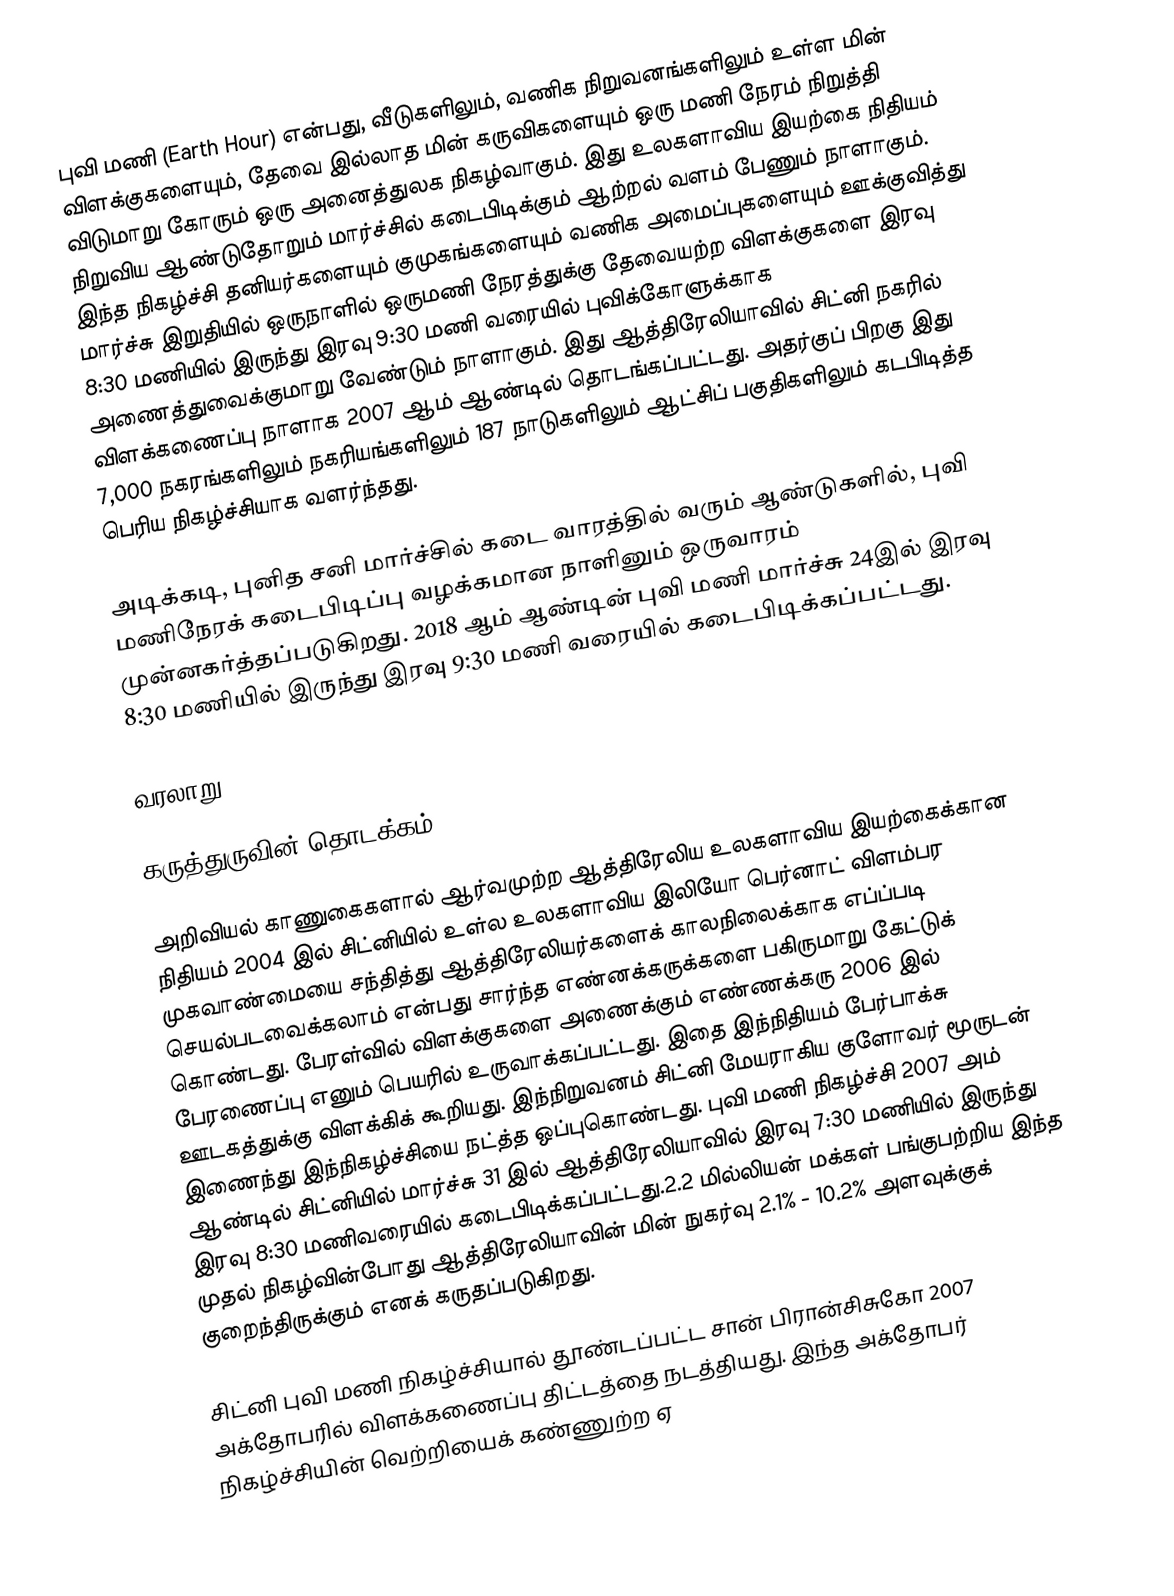
புவி மணி (Earth Hour) என்பது, வீடுகளிலும், வணிக நிறுவனங்களிலும் உள்ள மின் விளக்குகளையும், தேவை இல்லாத மின் கருவிகளையும் ஒரு மணி நேரம் நிறுத்தி விடுமாறு கோரும் ஒரு அனைத்துலக நிகழ்வாகும். இது உலகளாவிய இயற்கை நிதியம் நிறுவிய ஆண்டுதோறும் மார்ச்சில் கடைபிடிக்கும் ஆற்றல் வளம் பேணும் நாளாகும். இந்த நிகழ்ச்சி தனியர்களையும் குமுகங்களையும் வணிக அமைப்புகளையும் ஊக்குவித்து மார்ச்சு இறுதியில் ஒருநாளில் ஒருமணி நேரத்துக்கு தேவையற்ற விளக்குகளை இரவு 8:30 மணியில் இருந்து இரவு 9:30 மணி வரையில் புவிக்கோளுக்காக அணைத்துவைக்குமாறு வேண்டும் நாளாகும். இது ஆத்திரேலியாவில் சிட்னி நகரில் விளக்கணைப்பு நாளாக 2007 ஆம் ஆண்டில் தொடங்கப்பட்டது. அதர்குப் பிறகு இது 7,000 நகரங்களிலும் நகரியங்களிலும் 187 நாடுகளிலும் ஆட்சிப் பகுதிகளிலும் கடபிடித்த பெரிய நிகழ்ச்சியாக வளர்ந்தது.

அடிக்கடி, புனித சனி மார்ச்சில் கடை வாரத்தில் வரும் ஆண்டுகளில், புவி மணிநேரக் கடைபிடிப்பு  வழக்கமான நாளினும் ஒருவாரம் முன்னகர்த்தப்படுகிறது. 2018 ஆம் ஆண்டின் புவி மணி மார்ச்சு 24இல் இரவு 8:30 மணியில் இருந்து இரவு 9:30 மணி வரையில் கடைபிடிக்கப்பட்டது.

வரலாறு

கருத்துருவின் தொடக்கம்: 2004–2007

அறிவியல் காணுகைகளால் ஆர்வமுற்ற ஆத்திரேலிய உலகளாவிய இயற்கைக்கான நிதியம் 2004 இல் சிட்னியில் உள்ல உலகளாவிய இலியோ பெர்னாட் விளம்பர முகவாண்மையை சந்தித்து ஆத்திரேலியர்களைக் காலநிலைக்காக எப்ப்படி செயல்படவைக்கலாம் என்பது சார்ந்த எண்னக்கருக்களை பகிருமாறு கேட்டுக் கொண்டது. பேரள்வில் விளக்குகளை அணைக்கும் எண்ணக்கரு 2006 இல் பேரணைப்பு எனும் பெயரில் உருவாக்கப்பட்டது.  இதை இந்நிதியம் பேர்பாக்சு ஊடகத்துக்கு விளக்கிக் கூறியது. இந்நிறுவனம் சிட்னி மேயராகிய குளோவர் மூருடன் இணைந்து இந்நிகழ்ச்சியை நட்த்த ஒப்புகொண்டது. புவி மணி நிகழ்ச்சி 2007 அம் ஆண்டில் சிட்னியில் மார்ச்சு 31 இல் ஆத்திரேலியாவில் இரவு 7:30 மணியில் இருந்து இரவு 8:30 மணிவரையில் கடைபிடிக்கப்பட்டது.2.2 மில்லியன் மக்கள் பங்குபற்றிய இந்த முதல் நிகழ்வின்போது ஆத்திரேலியாவின் மின் நுகர்வு 2.1% - 10.2% அளவுக்குக் குறைந்திருக்கும் எனக் கருதப்படுகிறது.

சிட்னி புவி மணி நிகழ்ச்சியால் தூண்டப்பட்ட சான் பிரான்சிசுகோ 2007 அக்தோபரில் விளக்கணைப்பு திட்டத்தை நடத்தியது. இந்த அக்தோபர் நிகழ்ச்சியின் வெற்றியைக் கண்ணுற்ற ஏ